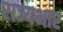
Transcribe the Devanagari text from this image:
राज्‍यभार